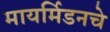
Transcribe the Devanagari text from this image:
मायर्मिडनचे